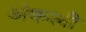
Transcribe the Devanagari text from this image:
अंकली